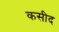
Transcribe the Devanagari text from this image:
कसीद